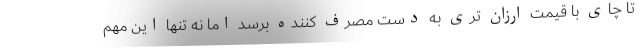
تا چای با قیمت ارزان تری به دست مصرف کننده برسد اما نه تنها این مهم